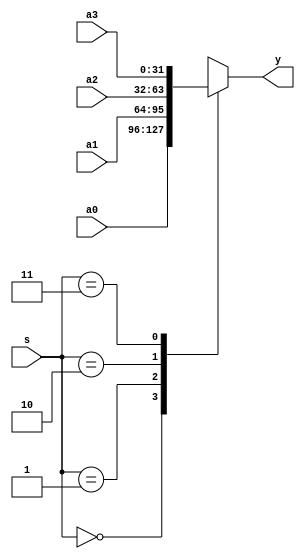
`timescale 1ns / 1ps
//////////////////////////////////////////////////////////////////////////////////
// Company: 
// Engineer: 
// 
// Design Name: 
// Module Name: mux4x32
// Project Name: 
// Target Devices: 
// Tool Versions: 
// Description: 3241
// 
// Dependencies: 
// 
// Revision:
// Revision 0.01 - File Created
// Additional Comments:
// 
//////////////////////////////////////////////////////////////////////////////////


module mux4x32(a0,a1,a2,a3,s,y);
    input [31:0] a0;
    input [31:0] a1;
    input [31:0] a2;
    input [31:0] a3;
    input [1:0] s;
    output [31:0] y;

    function [31:0] select;
        input [31:0] a0,a1,a2,a3;
        input [1:0] s;
        case(s)
            2'b00: select = a0;
            2'b01: select = a1;
            2'b10: select = a2;
            2'b11: select = a3;
        endcase
    endfunction
    assign y = select(a0,a1,a2,a3,s);  
endmodule